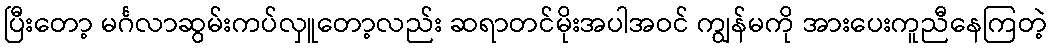
ပြီးတော့ မင်္ဂလာဆွမ်းကပ်လှူတော့လည်း ဆရာတင်မိုးအပါအဝင် ကျွန်မကို အားပေးကူညီနေကြတဲ့